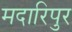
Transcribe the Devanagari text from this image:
मदारिपुर